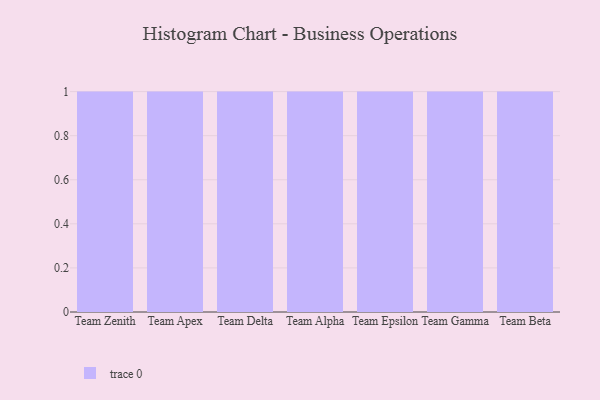
{"axis": {"x": "Team", "y": "Tickets Resolved"}, "legend": [""], "data": [{"x": "Team Zenith", "y": 59, "type": ""}, {"x": "Team Apex", "y": 96, "type": ""}, {"x": "Team Delta", "y": 31, "type": ""}, {"x": "Team Alpha", "y": 84, "type": ""}, {"x": "Team Epsilon", "y": 60, "type": ""}, {"x": "Team Gamma", "y": 12, "type": ""}, {"x": "Team Beta", "y": 4, "type": ""}]}